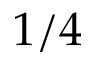
1 / 4